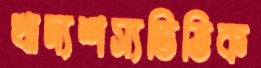
খাদ্যশস্যভিত্তিক